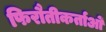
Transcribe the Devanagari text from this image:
फिरौतीकर्ताओं